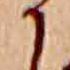
か